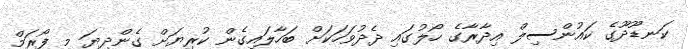
ކަނޑޫދޫގެ ކައުންސިލް އިދާރާގެ ހޯލުގައި ދެދުވަހަކަށް ބަހާލައިގެން ކުރިޔަށް ގެންދިޔަ މި ފޯރަމް